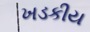
ખડકીય